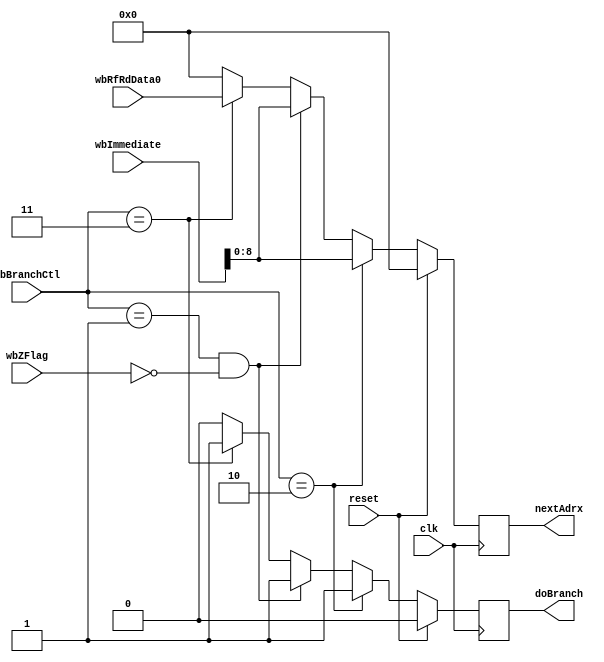
//Jack Gentsch, Jacky Wang, Chinh Bui
//Lab 5: Next stage calculation for the cpu
//EE 469 with James Peckol 6/1/16
//Next stage logic for the pipelined CPU
module next (doBranch, nextAdrx, wbBranchCtl, wbRfRdData0, wbImmediate, wbZFlag, clk, reset);
	output reg doBranch;
	output reg [8:0] nextAdrx;
	input [8:0] wbRfRdData0;
	input [1:0] wbBranchCtl;
	input [15:0] wbImmediate;
	input wbZFlag;
	input clk, reset;

	// Jump or Branch, controls the PC
	parameter [1:0] NO_BR = 2'b00, BRANCH = 2'b01, JUMP = 2'b10, JUMP_REG = 2'b11;
	
	always @(posedge clk) begin
		if (reset) begin
			doBranch <= 1'b0;
			nextAdrx <= 9'b0;
		end else if (wbBranchCtl == JUMP) begin //If a jump
			doBranch <= 1'b1;
			nextAdrx <= wbImmediate[8:0];
		end else if (wbBranchCtl == BRANCH && !wbZFlag) begin //BNE has occurred
			doBranch <= 1'b1;
			nextAdrx <= wbImmediate[8:0];
		end else if (wbBranchCtl == JUMP_REG) begin
			doBranch <= 1'b1;
			nextAdrx <= wbRfRdData0;
		end else begin
			doBranch <= 1'b0;
			nextAdrx <= 9'b0;
		end
	end
endmodule